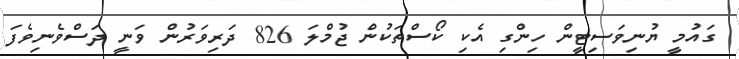
ގައުމީ ޔުނިވަސިޓީން ހިންގި އެކި ކޯސްތަކުން ޖުމްލަ 826 ދަރިވަރުން ވަނީ ދަސްވެނިވެފަ